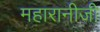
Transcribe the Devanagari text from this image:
महारानीजी